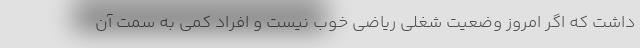
داشت که اگر امروز وضعیت شغلی ریاضی خوب نیست و افراد کمی به سمت آن